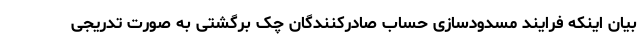
بیان اینکه فرایند مسدودسازی حساب صادرکنندگان چک برگشتی به صورت تدریجی